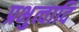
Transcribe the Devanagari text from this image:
प्रभुत्वादि